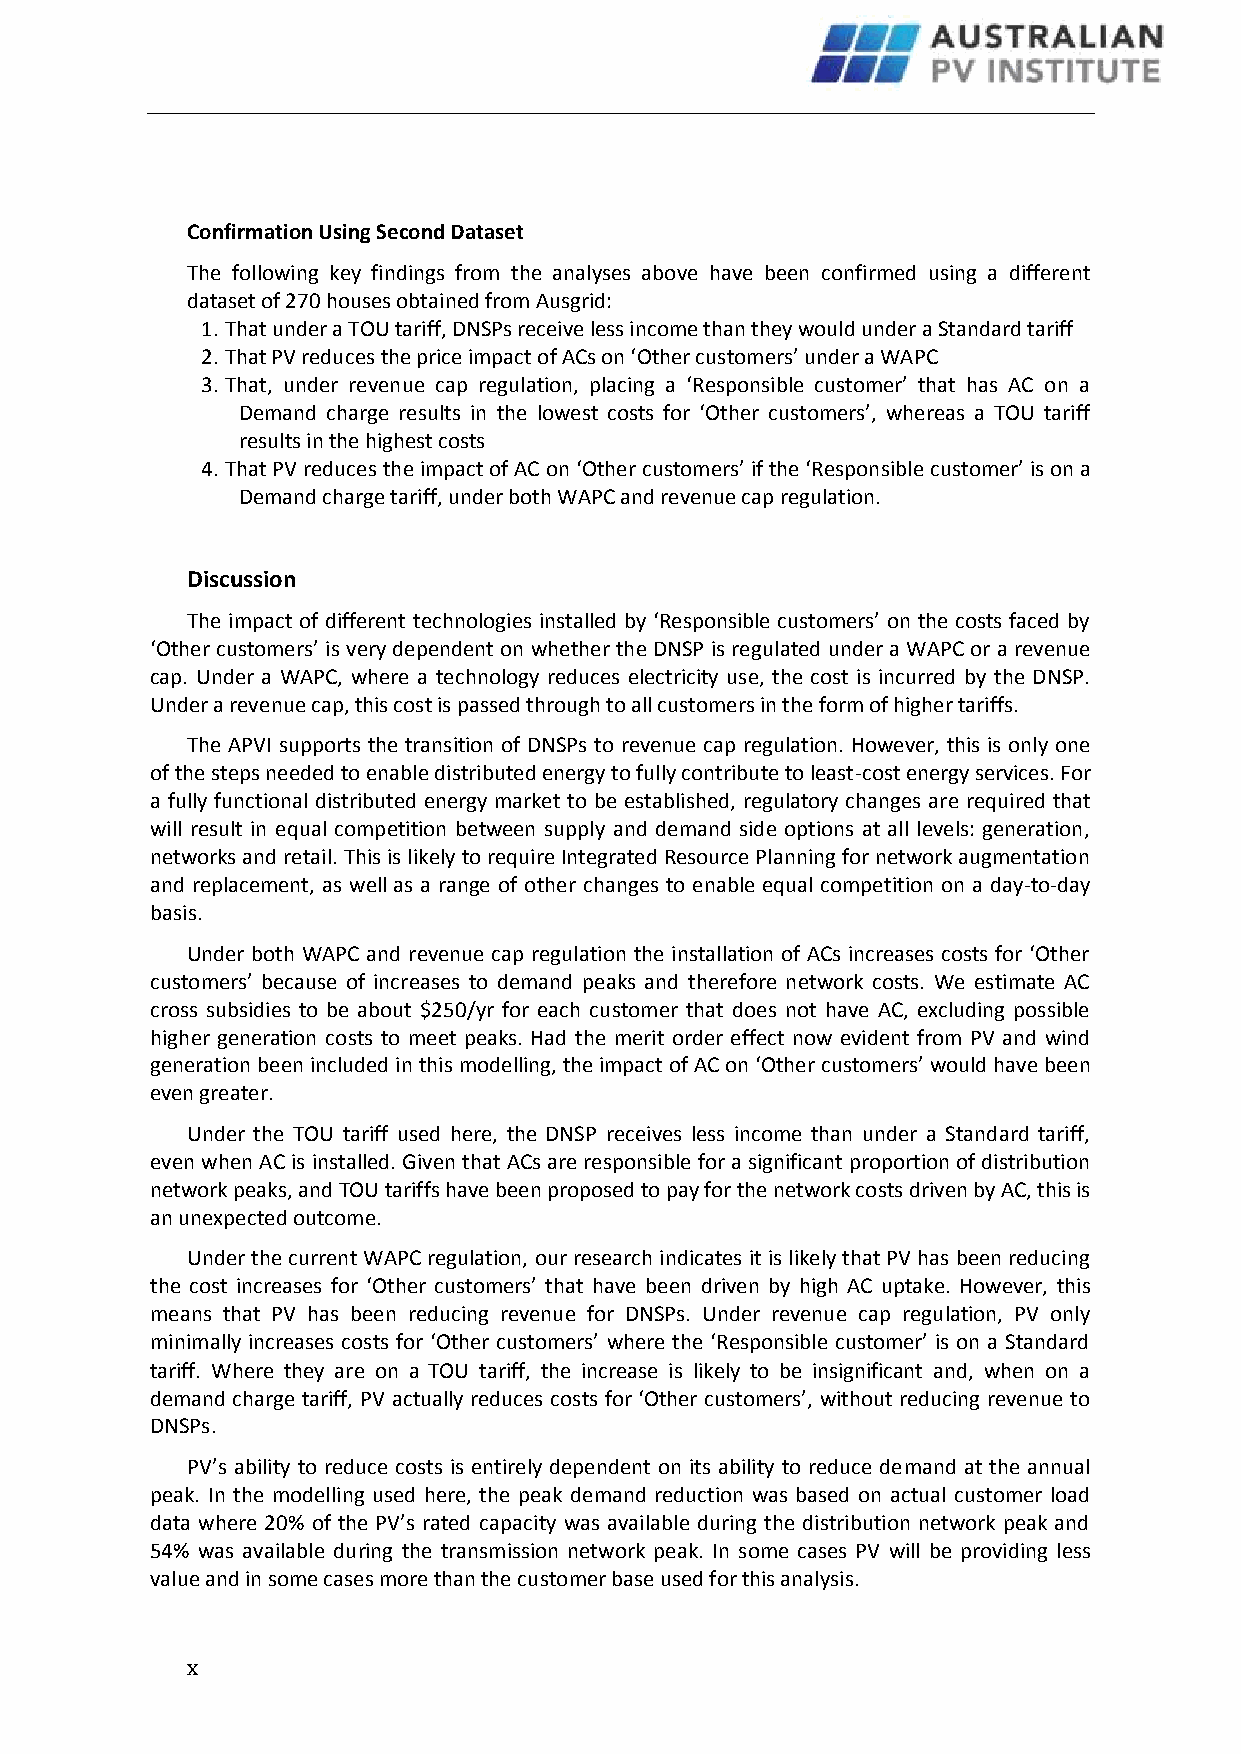
Confirmation Using Second Dataset
 The following key findings from the analyses above have been confirmed using a different
 dataset of 270 houses obtained from Ausgrid:
 1. That under a TOU tariff, DNSPs receive less income than they would under a Standard tariff
 2. That PV reduces the price impact of ACs on ‘Other customers’ under a WAPC
 3. That, under revenue cap regulation, placing a ‘Responsible customer’ that has AC on a
 Demand charge results in the lowest costs for ‘Other customers’, whereas a TOU tariff
 results in the highest costs
 4. That PV reduces the impact of AC on ‘Other customers’ if the ‘Responsible customer’ is on a
 Demand charge tariff, under both WAPC and revenue cap regulation.
 Discussion
 The impact of different technologies installed by ‘Responsible customers’ on the costs faced by
 ‘Other customers’ is very dependent on whether the DNSP is regulated under a WAPC or a revenue
 cap. Under a WAPC, where a technology reduces electricity use, the cost is incurred by the DNSP.
 Under a revenue cap, this cost is passed through to all customers in the form of higher tariffs.
 The APVI supports the transition of DNSPs to revenue cap regulation. However, this is only one
 of the steps needed to enable distributed energy to fully contribute to least-cost energy services. For
 a fully functional distributed energy market to be established, regulatory changes are required that
 will result in equal competition between supply and demand side options at all levels: generation,
 networks and retail. This is likely to require Integrated Resource Planning for network augmentation
 and replacement, as well as a range of other changes to enable equal competition on a day-to-day
 basis.
 Under both WAPC and revenue cap regulation the installation of ACs increases costs for ‘Other
 customers’ because of increases to demand peaks and therefore network costs. We estimate AC
 cross subsidies to be about $250/yr for each customer that does not have AC, excluding possible
 higher generation costs to meet peaks. Had the merit order effect now evident from PV and wind
 generation been included in this modelling, the impact of AC on ‘Other customers’ would have been
 even greater.
 Under the TOU tariff used here, the DNSP receives less income than under a Standard tariff,
 even when AC is installed. Given that ACs are responsible for a significant proportion of distribution
 network peaks, and TOU tariffs have been proposed to pay for the network costs driven by AC, this is
 an unexpected outcome.
 Under the current WAPC regulation, our research indicates it is likely that PV has been reducing
 the cost increases for ‘Other customers’ that have been driven by high AC uptake. However, this
 means that PV has been reducing revenue for DNSPs. Under revenue cap regulation, PV only
 minimally increases costs for ‘Other customers’ where the ‘Responsible customer’ is on a Standard
 tariff. Where they are on a TOU tariff, the increase is likely to be insignificant and, when on a
 demand charge tariff, PV actually reduces costs for ‘Other customers’, without reducing revenue to
 DNSPs.
 PV’s ability to reduce costs is entirely dependent on its ability to reduce demand at the annual
 peak. In the modelling used here, the peak demand reduction was based on actual customer load
 data where 20% of the PV’s rated capacity was available during the distribution network peak and
 54% was available during the transmission network peak. In some cases PV will be providing less
 value and in some cases more than the customer base used for this analysis.
 x